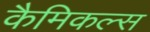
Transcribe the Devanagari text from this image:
कैमिकल्‍स